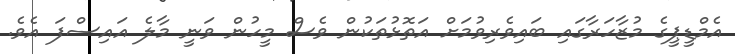
އެމްޑީޕީގެ މުޒާހަރާގައި ބައިވެރިވުމަށް އަތޮޅުތަކުން ވެސް މީހުން ވަނީ މާލެ އައިސްފަ އެވެ.